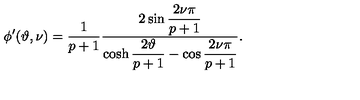
\phi ^ { \prime } ( \vartheta , \nu ) = \displaystyle \frac { 1 } { p + 1 } \displaystyle \frac { 2 \sin \displaystyle \frac { 2 \nu \pi } { p + 1 } } { \cosh \displaystyle \frac { 2 \vartheta } { p + 1 } - \cos \displaystyle \frac { 2 \nu \pi } { p + 1 } } .